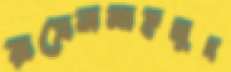
রাসেলমাহমুদ